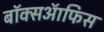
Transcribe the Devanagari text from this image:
बाॅक्सऑफिस